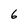
Character: 6